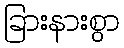
ခြားနားစွာ